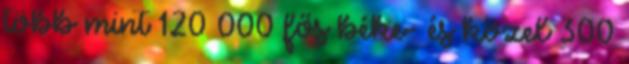
több mint 120 000 fős béke- és közel 300